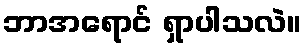
ဘာအရောင် ရှာပါသလဲ။